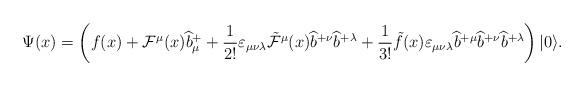
LaTeX: \begin{align*}\Psi(x) = \left( f(x) + {\cal F}^\mu(x) \widehat{b}_\mu^+ + \frac{1}{2!} \varepsilon_{\mu\nu\lambda} {\tilde{\cal F}}^\mu(x) \widehat{b}^{+\nu} \widehat{b}^{+\lambda} + \frac{1}{3!} \tilde{f}(x) \varepsilon_{\mu\nu\lambda}\widehat{b}^{+\mu} \widehat{b}^{+\nu} \widehat{b}^{+\lambda} \right) |0\rangle.\end{align*}